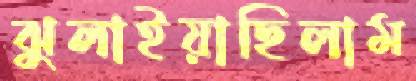
ঝুলাইয়াছিলাম